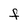
Character: F